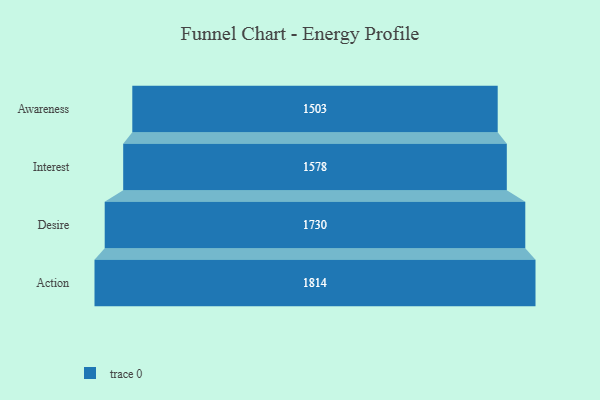
{"axis": {"x": "Stage", "y": "Value"}, "legend": [""], "data": [{"x": "Awareness", "y": 1503.0, "type": ""}, {"x": "Interest", "y": 1578.0, "type": ""}, {"x": "Desire", "y": 1730.0, "type": ""}, {"x": "Action", "y": 1814.0, "type": ""}]}